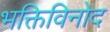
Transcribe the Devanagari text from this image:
भक्तिविनोद